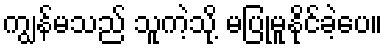
ကျွန်မသည် သူကဲ့သို့ မပြုမူနိုင်ခဲ့ပေ။